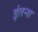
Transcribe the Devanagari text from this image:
इंतना